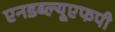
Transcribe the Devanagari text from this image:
एनडब्ल्यूएफपी